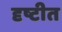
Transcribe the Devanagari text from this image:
दृष्टीत